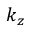
k _ { z }